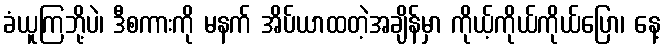
ခံယူကြဘို့ပဲ၊ ဒီစကားကို မနက် အိပ်ယာထတဲ့အချိန်မှာ ကိုယ့်ကိုယ်ကိုယ်ပြော၊ နေ့